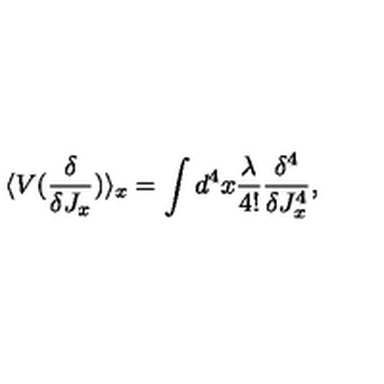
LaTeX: \langle V ( \frac { \delta } { \delta J _ { x } } ) \rangle _ { x } = \int d ^ { 4 } x \frac { \lambda } { 4 ! } \frac { \delta ^ { 4 } } { \delta J _ { x } ^ { 4 } } ,